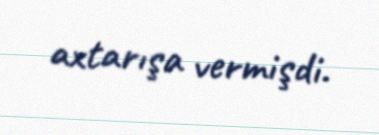
axtarışa vermişdi.